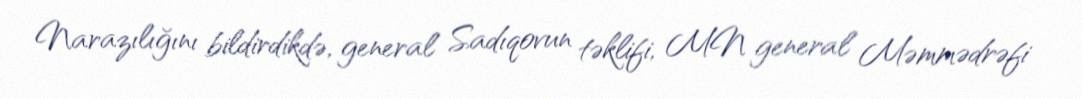
Narazılığını bildirdikdə, general Sadıqovun təklifi, MN general Məmmədrəfi